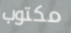
مكتوب